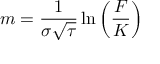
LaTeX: m = { \frac { 1 } { \sigma { \sqrt { \tau } } } } \ln \left( { \frac { F } { K } } \right)